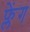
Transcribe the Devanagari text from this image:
फ्लेंग